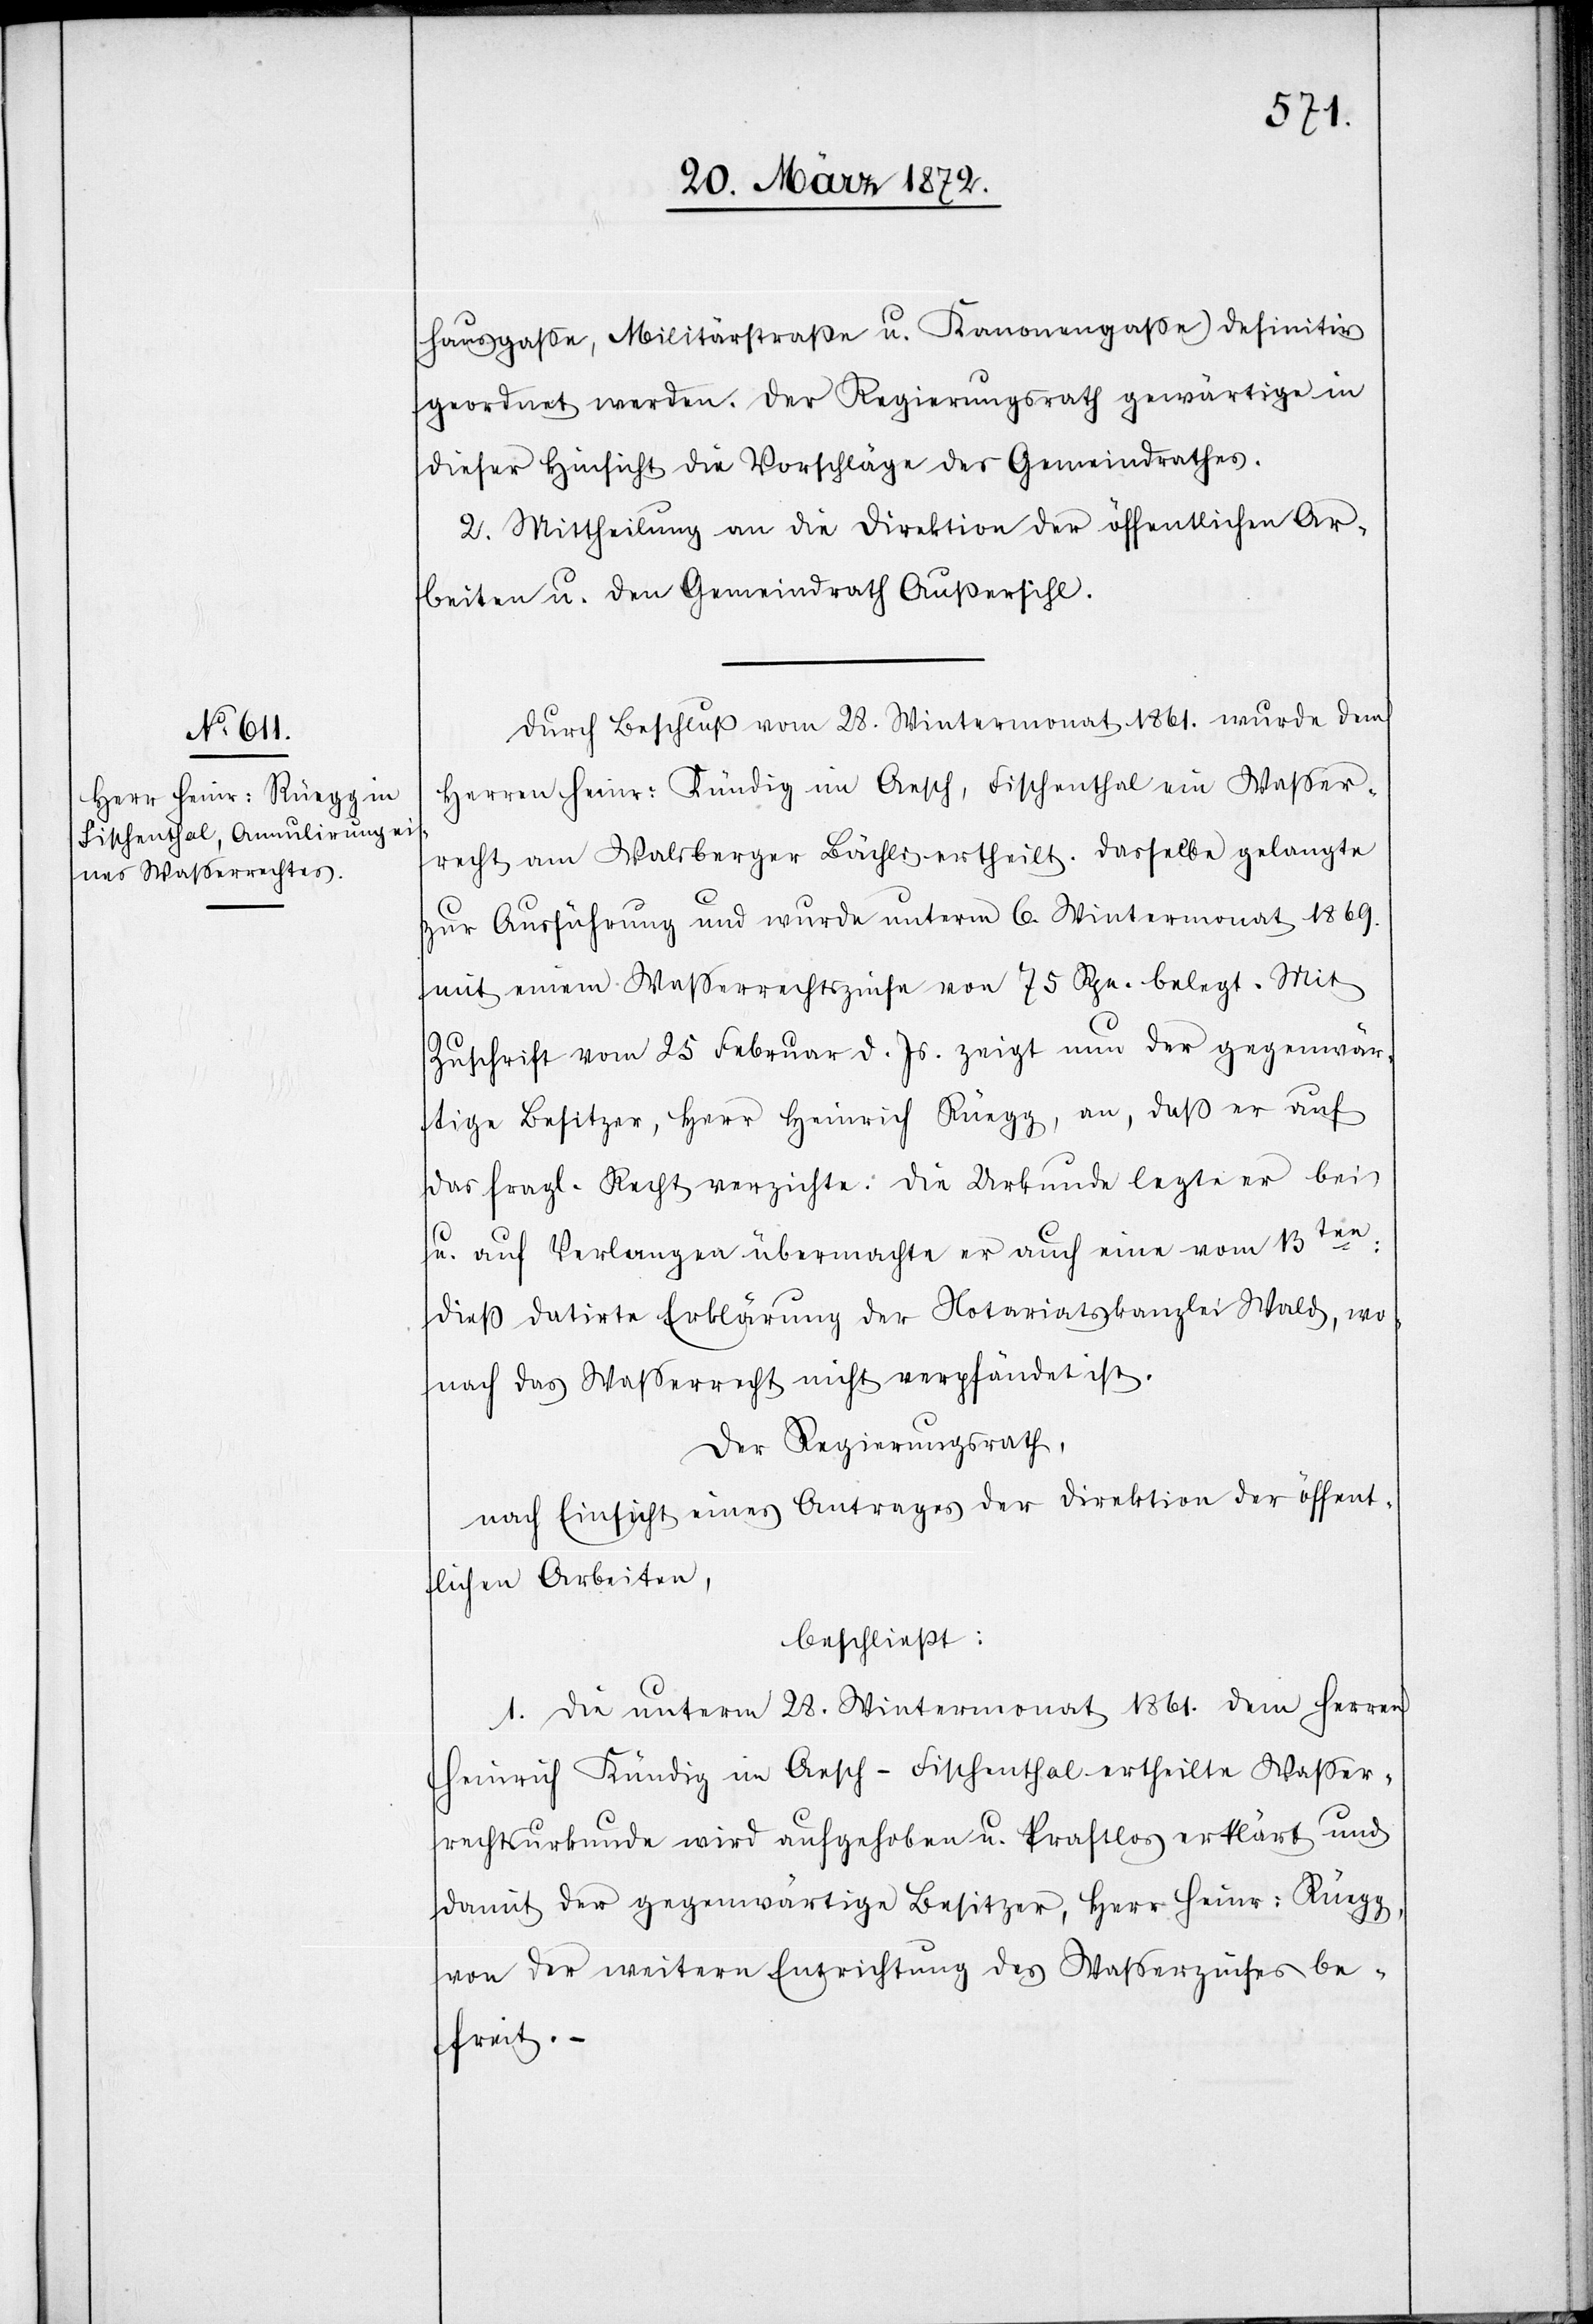
hausgasse, Militärstraße u. Kanonengasse) definitiv
geordnet werden. Der Regierungsrath gewärtige in
dieser Hinsicht die Vorschläge des Gemeindrathes.
2. Mittheilung an die Direktion der öffentlichen Ar¬
beiten u. den Gemeindrath Außersihl.
Durch Beschluß vom 28. Wintermonat 1861. wurde dem
Herren Heinr: Kündig im Aesch, Fischenthal ein Wasser¬
recht am Walsberger Bächli ertheilt. Dasselbe gelangte
zur Ausführung und wurde unterm 6. Wintermonat 1869.
mit einem Wasserrechtszinse von 75 Rpn. belegt. Mit
Zuschrift vom 25 Feburar d. Js. zeigt nun der gegenwär¬
tige Besitzer, Herr Heinrich Rüegg, an, daß er auf
das fragl. Recht verzichte. Die Urkunde legte er bei
u. auf Verlangen übermachte er auch eine vom 13ten:
dieß datirte Erklärung der Notariatskanzlei Wald, wo¬
nach das Wasserrecht nicht verpfändet ist.
Der Regierungsrath,
nach Einsicht eines Antrages der Direktion der öffent¬
lichen Arbeiten,
beschließt:
1. Die unterm 28. Wintermonat 1861. dem Herren
Heinrich Kündig im Aesch-Fischenthal ertheilte Wasser¬
rechtsurkunde wird aufgehoben u. kraftlos erklärt und
damit der gegenwärtige Besitzer, Herr Heinr: Rüegg,
von der weitern Entrichtung des Wasserzinses be¬
freit. –